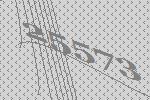
25573